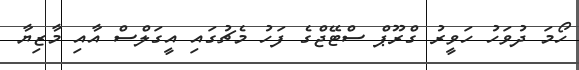
ހޯމަ ދުވަހު ހަވީރު ގްރޫޕް ސްޓޭޖްގެ ފަހު މެޗުގައި އީގަލްސް އާއި މާޒިޔާ